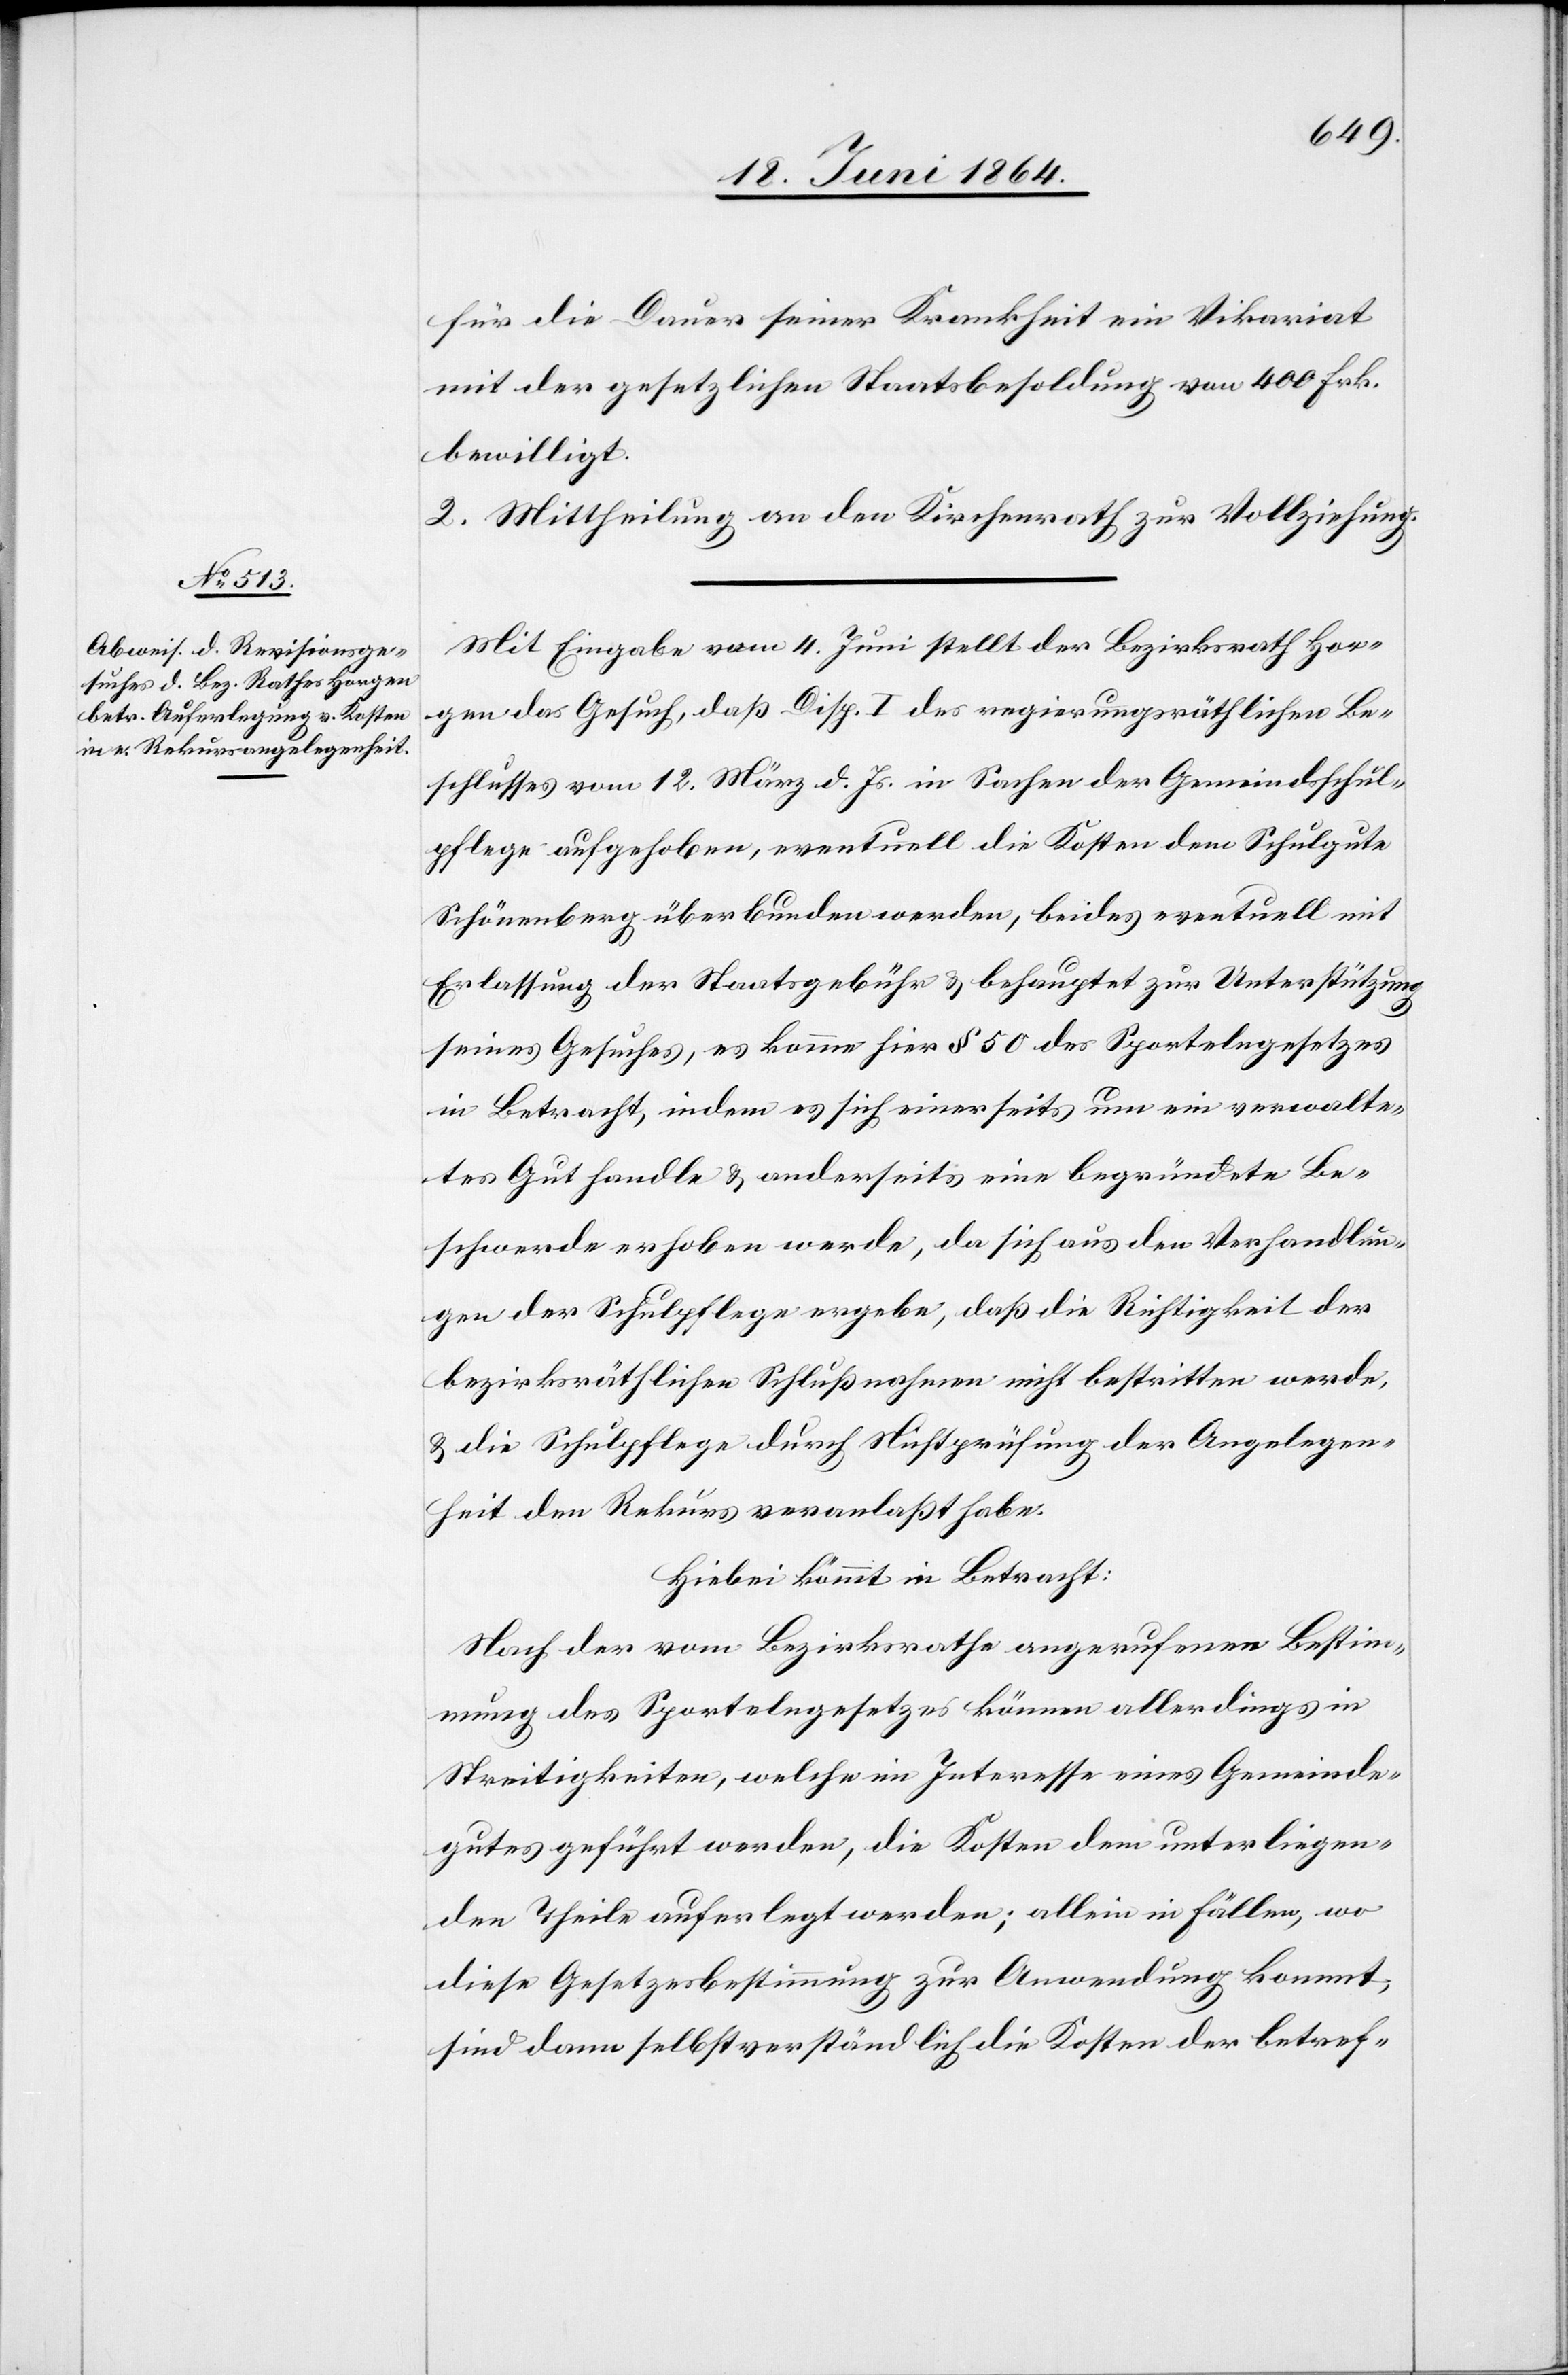
für die Dauer seiner Krankheit ein Vikariat
mit der gesetzlichen Staatsbesoldung von 400 Frk.
bewilligt.
2. Mittheilung an den Kirchenrath zur Vollziehung.
Mit Eingabe vom 4. Juni stellt der Bezirksrath Hor¬
gen das Gesuch, daß Disp. I des regierungsräthlichen Be¬
schlusses vom 12. März d. Js. in Sachen der Gemeindsschul¬
pflege aufgehoben, eventuell die Kosten dem Schulgute
Schönenberg überbunden werden, beides eventuell mit
Erlassung der Staatsgebühr u. behauptet zur Unterstützung
seines Gesuches, es komme hier § 50 des Sportelngesetzes
in Betracht, indem es sich einerseits um ein verwalte¬
tes Gut handle u. anderseits eine begründete Be¬
schwerde erhoben werde, da sich aus den Verhandlun¬
gen der Schulpflege ergebe, daß die Richtigkeit der
bezirksräthlichen Schlußnahmen nicht bestritten werde,
u. die Schulpflege durch Nichtprüfung der Angelegen¬
heit den Rekurs veranlaßt habe.
Hiebei kommt in Betracht:
Nach der vom Bezirksrathe angerufenen Bestim¬
mung des Sportelngesetzes können allerdings in
Streitigkeiten, welche im Interesse eines Gemeinde¬
gutes geführt werden, die Kosten dem unterliegen¬
den Theile auferlegt werden; allein in Fällen, wo
diese Gesetzesbestimmung zur Anwendung kommt,
sind dann selbstverständlich die Kosten der betref-